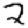
Digit: 2